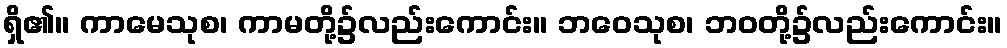
ရှိ၏။ ကာမေသုစ၊ ကာမတို့၌လည်းကောင်း။ ဘဝေသုစ၊ ဘဝတို့၌လည်းကောင်း။